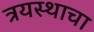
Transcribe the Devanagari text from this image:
त्रयस्थाचा